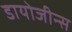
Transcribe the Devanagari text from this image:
डायोजीन्स